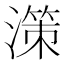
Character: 𣽤